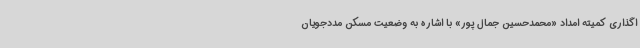
اگذاری کمیته امداد «محمدحسین جمال پور» با اشاره به وضعیت مسکن مددجویان